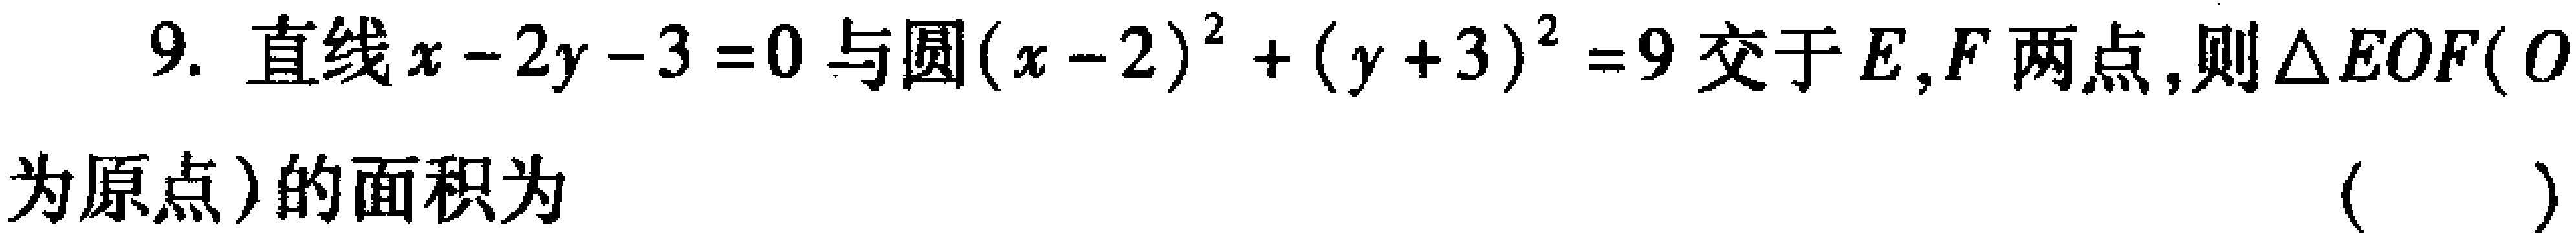
9. 直线\(x - 2y - 3 = 0\)与圆\((x - 2)^{2} + (y + 3)^{2} = 9\)交于\(E,F\)两点,则\(\triangle EOF\)(\(O\)为原点)的面积为 （  ）